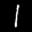
Label: 1